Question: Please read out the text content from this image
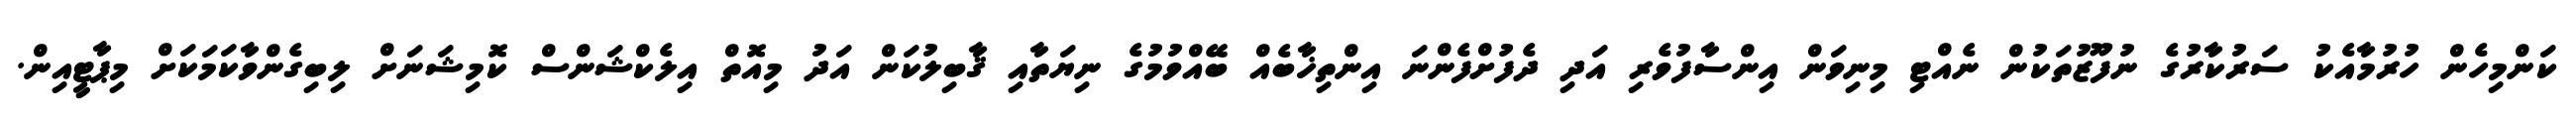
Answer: ކަންމިހެން ހުރުމާއެކު ސަރުކާރުގެ ނުފޫޒުތަކުން ނެއްޓި މިނިވަން އިންސާފުވެރި އަދި ދެފުށްފެންނަ އިންތިޚާބެއް ބޭއްވުމުގެ ނިޔަތާއި ޤާބިލުކަން އަދު މިއޮތް އިލެކްޝަންސް ކޮމިޝަނަށް ލިބިގެންވާކަމަކަށް މިޕާޓީއިން.